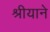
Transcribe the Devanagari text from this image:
श्रीयाने